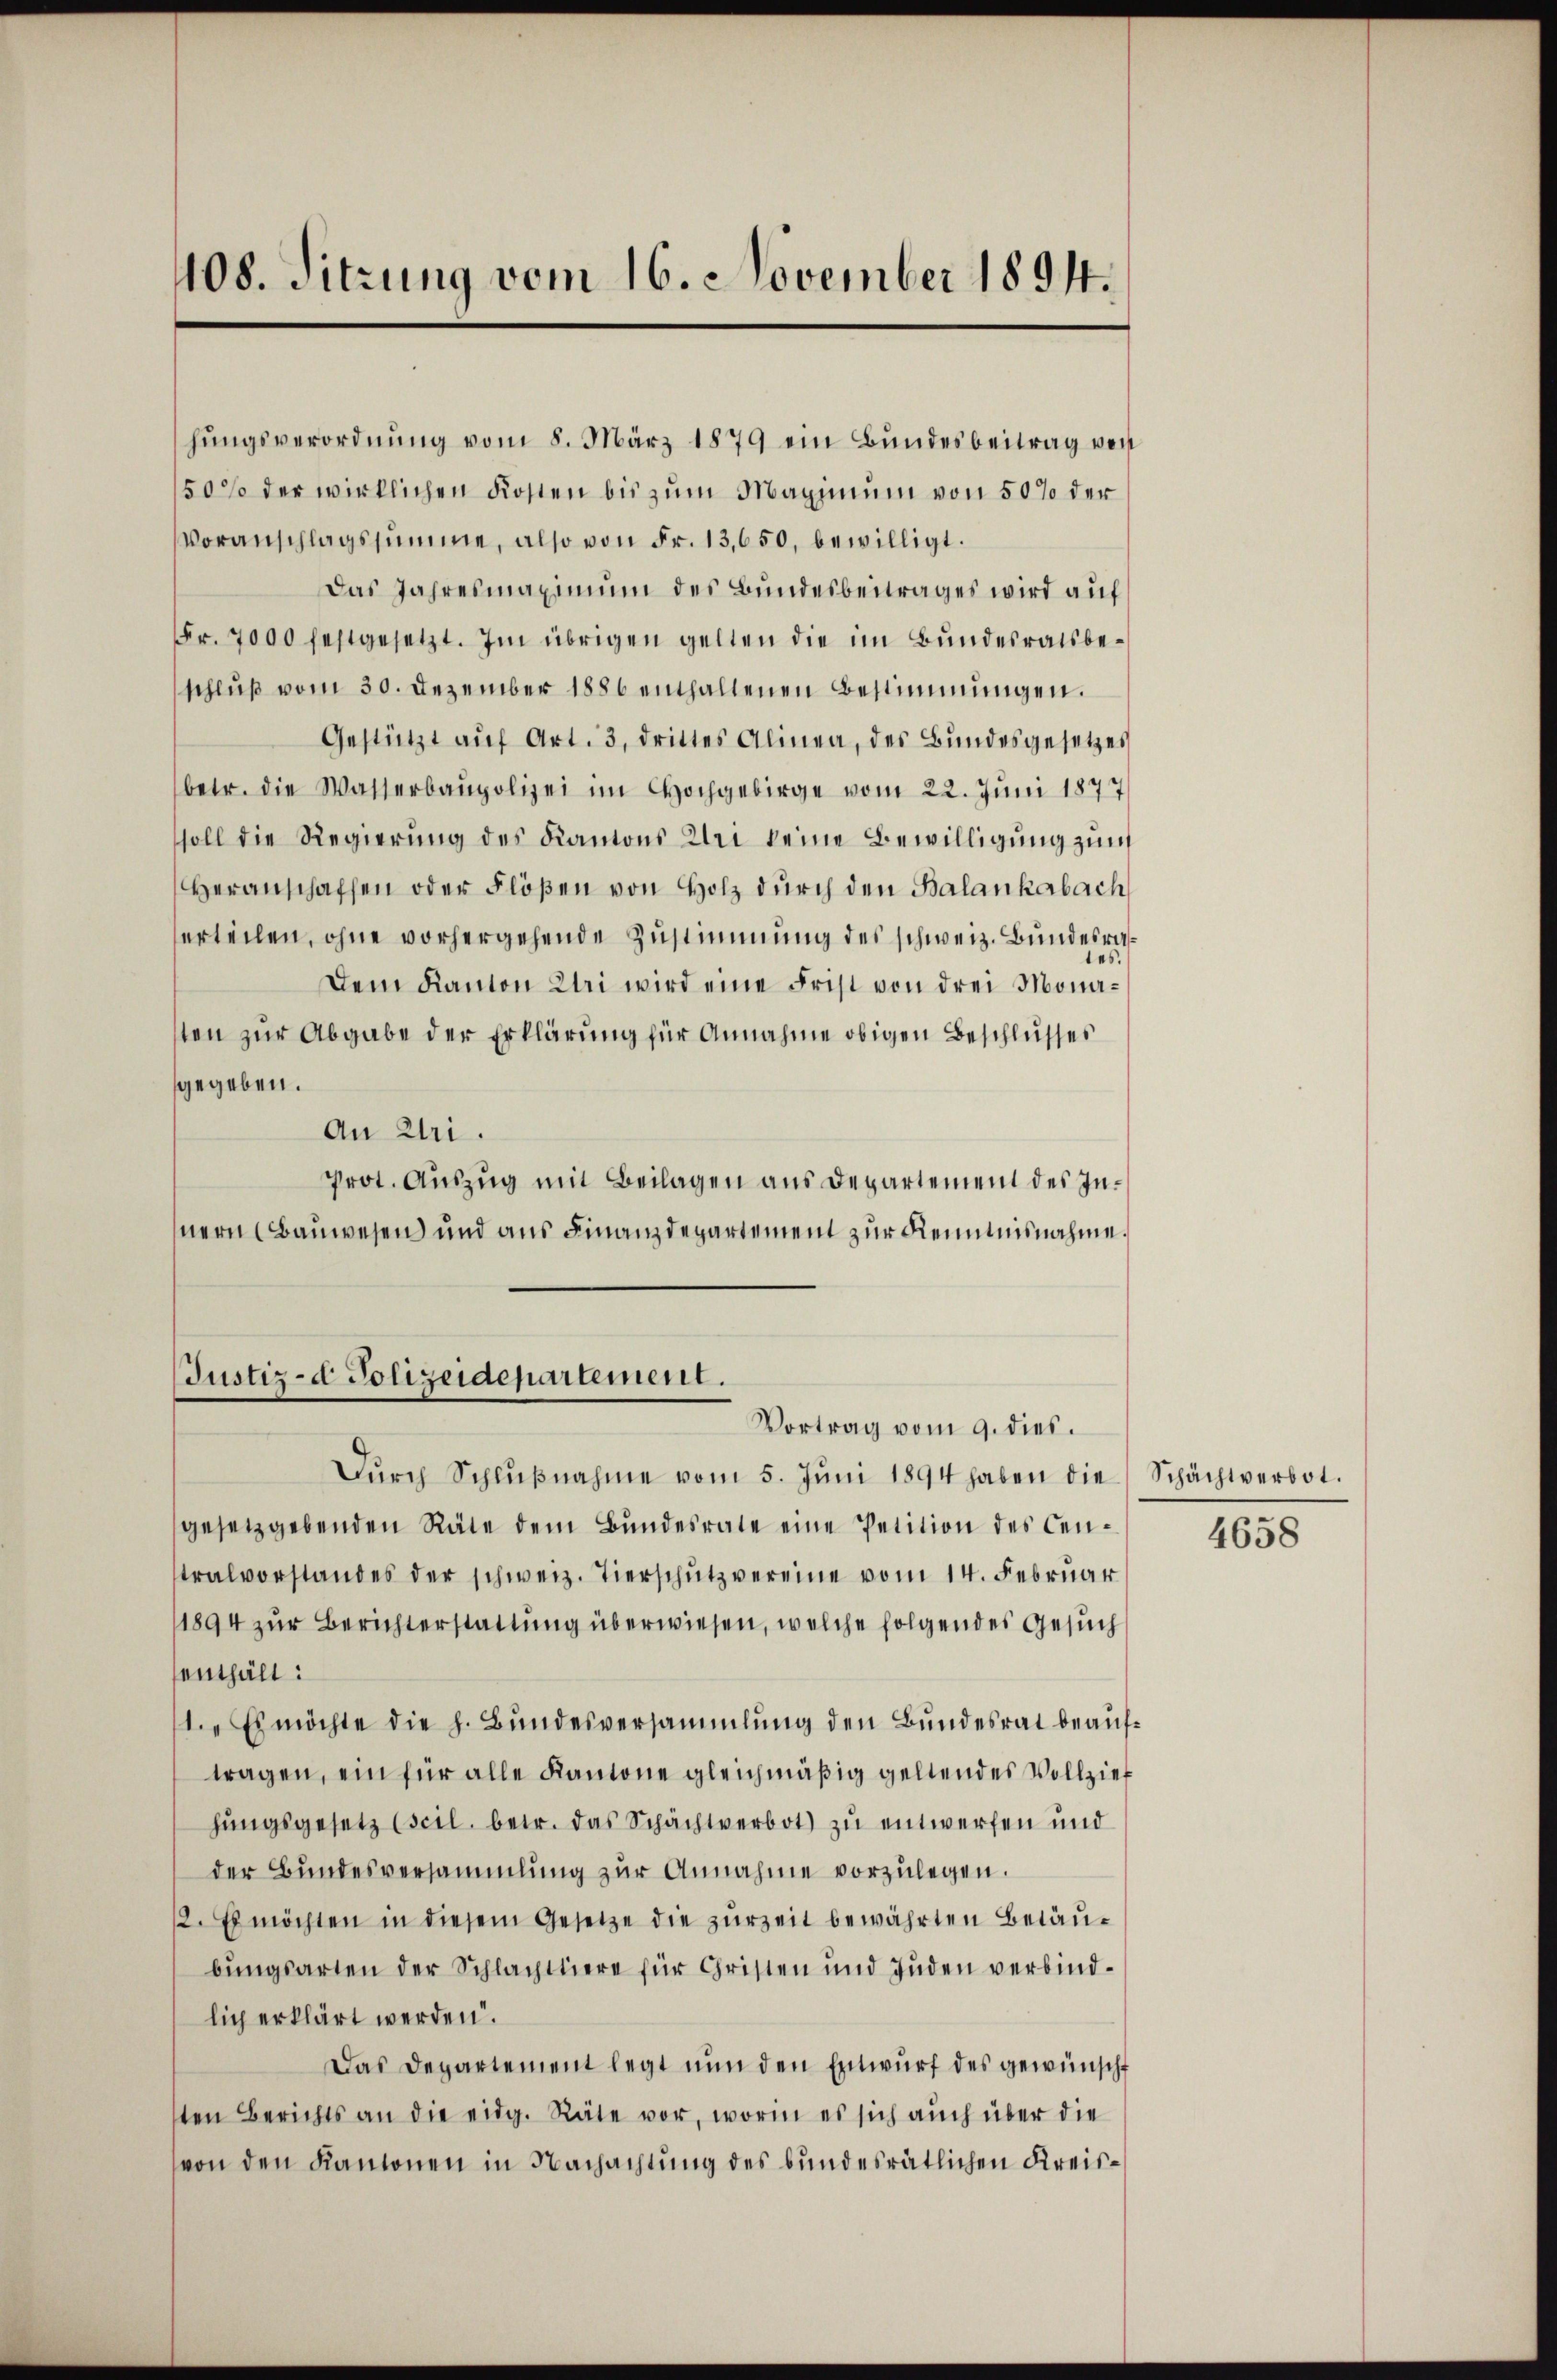
108. Sitzung vom 16. November 1894.

hŭngsverordnŭng vom 8. März 1879 ein Bundesbeitrag von
50% der wirklichen Kosten bis zum Maximum von 50% der
VVoranschlagssumme, also von Fr. 13,650, bewilligt.
Das Jahresmaximum des Bundesbeitrages wird auf
Fr. 7000 festgesetzt. Im übrigen gelten die im Bundesratsbeschluß vom 30. Dezember 1886 enthaltenen Bestimmungen.
Gestützt auf Art. 3, drittes Alinea, des Bundesgesetzes
betr. die Wasserbaupolizei im Hochgebirge vom 22. Juni 1877
soll die Regierung des Kantons Uri keine Bewilligung zum
Heranschaffen oder Flößen von Holz durch den Balankerbach
erteilen, ohne vorhergehende Zustimmung des schweiz. Bundesraes
Dem Kanton Uri wird eine Frist von drei Monaten zur Abgabe der Erklärung für Annahme obigen Beschlusses
gegeben.
An Uri.
Prot. Auszug mit Beilagen aus Departement des Innern Bauwesen und aus Finanzdepartement zur Kenntnisnahme.

Justiz-d Polizeidepartement.
Vortrag vom 9. dies.

Dŭrch Schlŭβnahme vom 5. Jŭni 1894 haben die Schächtverbot.
gesetzgebenden Räte dem Bundesrate eine Petition des Centralvorstandes der schweiz. Tierschutz vereine vom 14. Februar
1894 zur Berichterstattung überwiesen, welche folgendes Gesuch
enthält:
t. Es möchte die h. Bundesversammlung den Bundesrat beauftragen, ein für alle Kantone gleichmäßig geltendes Vollzieh
hungsgesetz (scil, betr. das Schächtverbot zu entwerfen und
der Bundesversammlung zur Annahme vorzulegen.
2. Es möchten in diesem Gesetze die zŭrzeit bewährten Betäubungsarten der Schlachttiere für Christen und Juden verbindlich erklärt werden.
Das Departement legt nŭn den Entwŭrf des gewünscht
ten Berichts an die eidg. Räte vor, worin es sich auch über die
von den Kanonen in Nachachtung des bundesrätlichen Kreis¬

4658